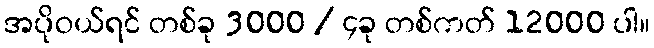
အပိုဝယ်ရင် တစ်ခု 3000 / ၄ခု တစ်ကတ် 12000 ပါ။